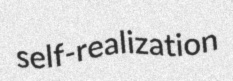
self-realization